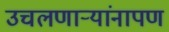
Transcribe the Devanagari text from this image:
उचलणार्‍यांनापण